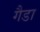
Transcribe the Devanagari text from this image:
गैडा